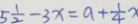
5 \frac { 1 } { 2 } - 3 x = a + \frac { 1 } { 4 } x